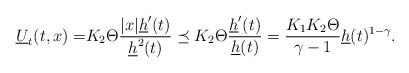
LaTeX: \begin{align*}\underline U_t(t,x)=&K_2\Theta\frac{|x|\underline h'(t)}{\underline h^2(t)}\preceq K_2\Theta \frac{\underline h'(t)}{\underline h(t)}= \frac{K_1K_2\Theta}{{\gamma}-1}\underline h(t)^{1-\gamma}.\end{align*}